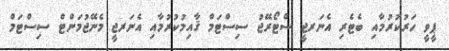
ޕީވީ ހަރުކުރުމާއި ބެޓެރި އެނަރޖީ ސްޓޯރޭޖު ސިސްޓަމް ޤާއިމުކުރުމާއި އެނަރޖީ މެނޭޖުމަންޓް ސިސްޓަމް